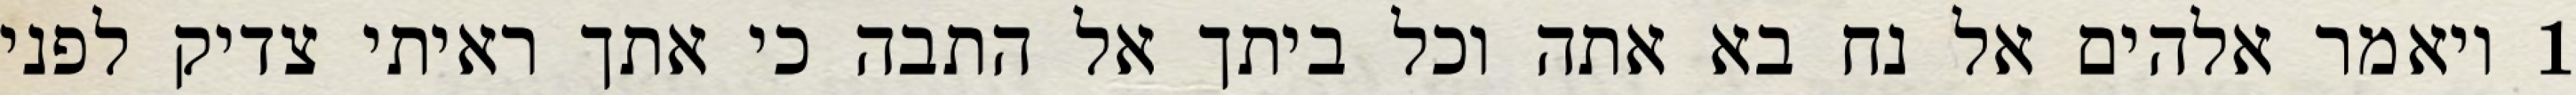
1 ויאמר אלהים אל נח בא אתה וכל ביתך אל התבה כי אתך ראיתי צדיק לפני